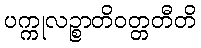
ပက္ကုလဉ္စာတိဝတ္တတီတိ